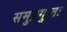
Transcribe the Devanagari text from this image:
समुद्रगुप्तः